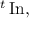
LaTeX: { } ^ { t } \operatorname { I n } ,